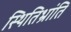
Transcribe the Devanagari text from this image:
स्थितिभ्रांति